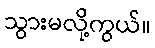
သွားမလို့ကွယ်။